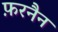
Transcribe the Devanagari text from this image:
फ़रनैन